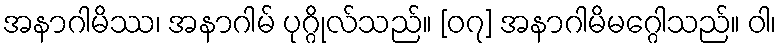
အနာဂါမိဿ၊ အနာဂါမ် ပုဂ္ဂိုလ်သည်။ [၀၇] အနာဂါမိမဂ္ဂေါသည်။ ဝါ၊